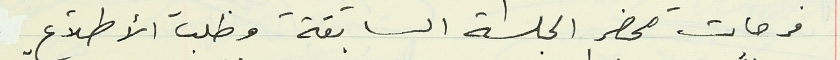
فرحات محضر الجلسة السابقة وطلب الأطلاع